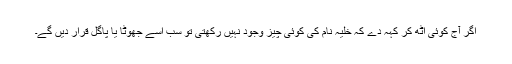
اگر آج کوئی اٹھ کر کہہ دے کہ خلیہ نام کی کوئی چیز وجود نہیں رکھتی تو سب اسے جھوٹا یا پاگل قرار دیں گے۔